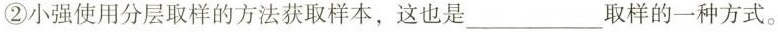
②小强使用分层取样的方法获取样本，这也是___取样的一种方式。